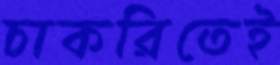
চাকরিতেই